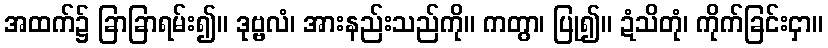
အထက်၌ ခြာခြာရမ်း၍။ ဒုဗ္ဗလံ၊ အားနည်းသည်ကို။ ကတွာ၊ ပြု၍။ ဍံသိတုံ၊ ကိုက်ခြင်းငှာ။